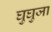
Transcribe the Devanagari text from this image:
घुघुजा